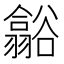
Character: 𮙑